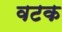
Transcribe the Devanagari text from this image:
वटक